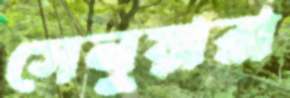
সেনুয়ারা